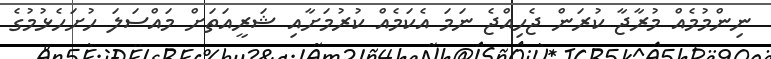
ނިންމުމެއް މުރާޖާ ކުރަން ޖެހިއްޖެ ނަމަ އެކަމެއް ކުރުމަށާއި ޝަރީއަތަށް މައްސަލަ ހުށަހެޅުމުގެ